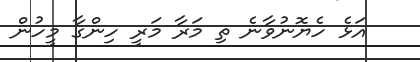
އަޅެ ހެޔޮނުވާނެ ތި މަރާ މަރީ ހިންގާ މީހުން